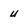
Character: u